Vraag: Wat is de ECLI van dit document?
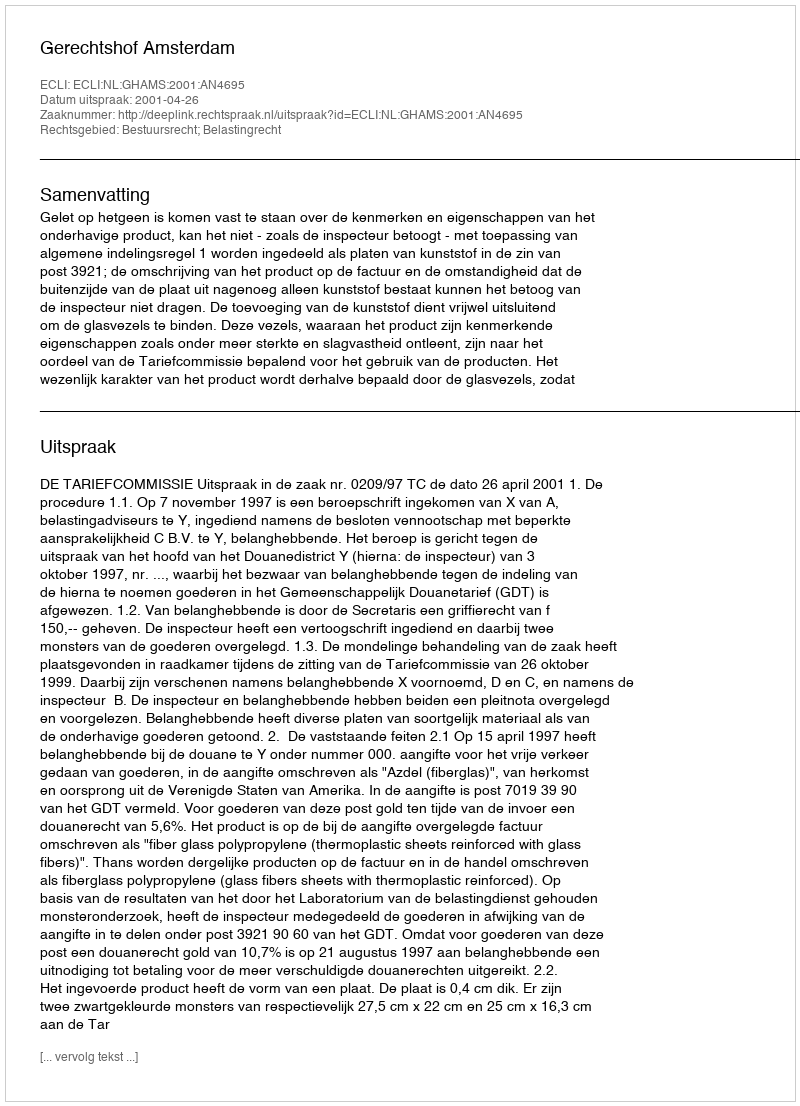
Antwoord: ECLI:NL:GHAMS:2001:AN4695